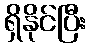
ရှိနိုင်ပြီး